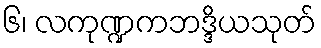
၆၊ လကုဏ္ဍကဘဒ္ဒိယသုတ်